Document type: Dowry acquittance
Year: 1240
Scribe: Pere de Bages
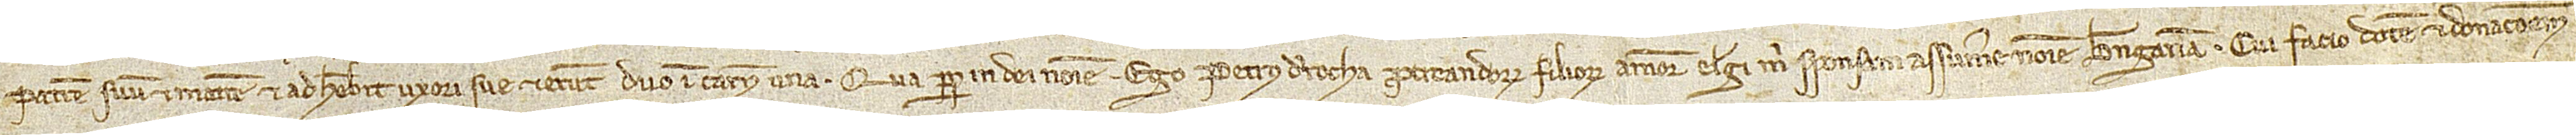
patrem suum et matrem et adherebit uxori sue et erunt duo in carne una. Qua propter in Dei nomine. Ego Petrus de Rocha, procreandorum filiorum amore elegi mihi sponsam assumere nomine Berengariam, cui facio dotem et donacionem